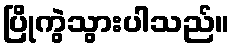
ပြိုကွဲသွားပါသည်။